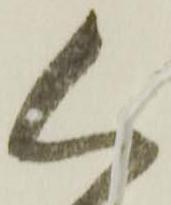
く